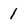
Character: 1